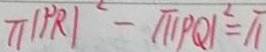
\pi \vert P R \vert ^ { 2 } - \pi \vert P Q \vert ^ { 2 } = \pi